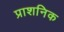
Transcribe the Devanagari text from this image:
प्राशनिक